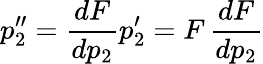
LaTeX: p_{2}^{\prime\prime}=\frac{dF}{dp_{2}}p_{2}^{\prime}=F\, \frac{dF}{dp_{2}}